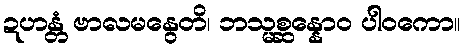
ဍဟန္တံ ဗာလမနွေတိ၊ ဘသ္မစ္ဆန္နောဝ ပါဝကော။